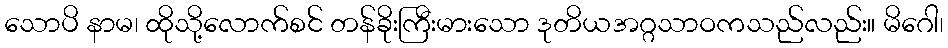
သောပိ နာမ၊ ထိုသို့လောက်စင် တန်ခိုးကြီးမားသော ဒုတိယအဂ္ဂသာဝကသည်လည်း။ မိဂေါ၊